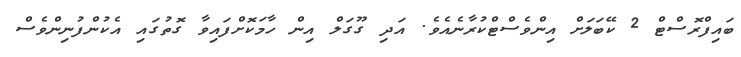
ބައިފްރޮސްޓް 2 ކޭބަލަށް އިންވެސްޓްކުރާނެއެވެ. އަދި ގޫގަލް އިން ހާމަކޮށްފައިވާ ގޮތުގައި އެކުންފުނިންވެސް